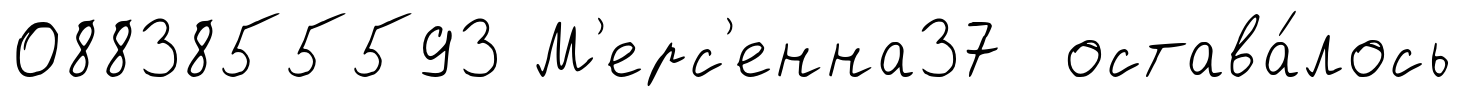
0883855593 М'ерс'енна37 остава́лось